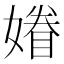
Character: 𡡀